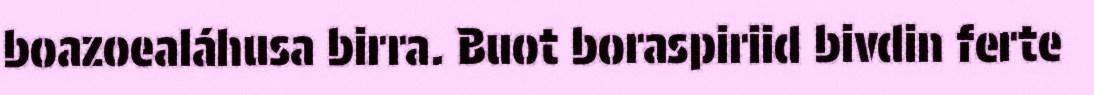
boazoealáhusa birra. Buot boraspiriid bivdin ferte